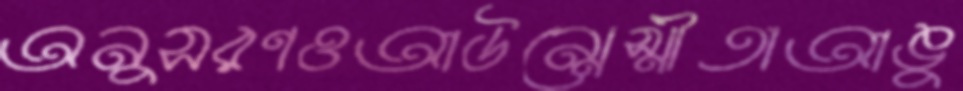
অনুসরণওআউন্সেস্মীতাআঙু